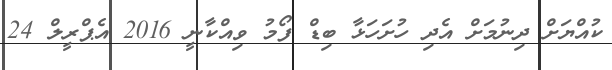
ކުއްޔަށް ދިނުމަށް އެދި ހުށަހަޅާ ބިޑް ފޯމު ވިއްކާނީ 2016 އެޕްރީލް 24